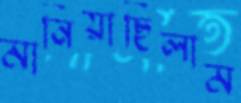
মানিয়াছিলাম